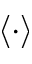
\langle \cdot \rangle